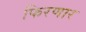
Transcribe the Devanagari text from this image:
फिरणार